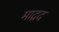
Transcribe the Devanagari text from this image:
माद्रद